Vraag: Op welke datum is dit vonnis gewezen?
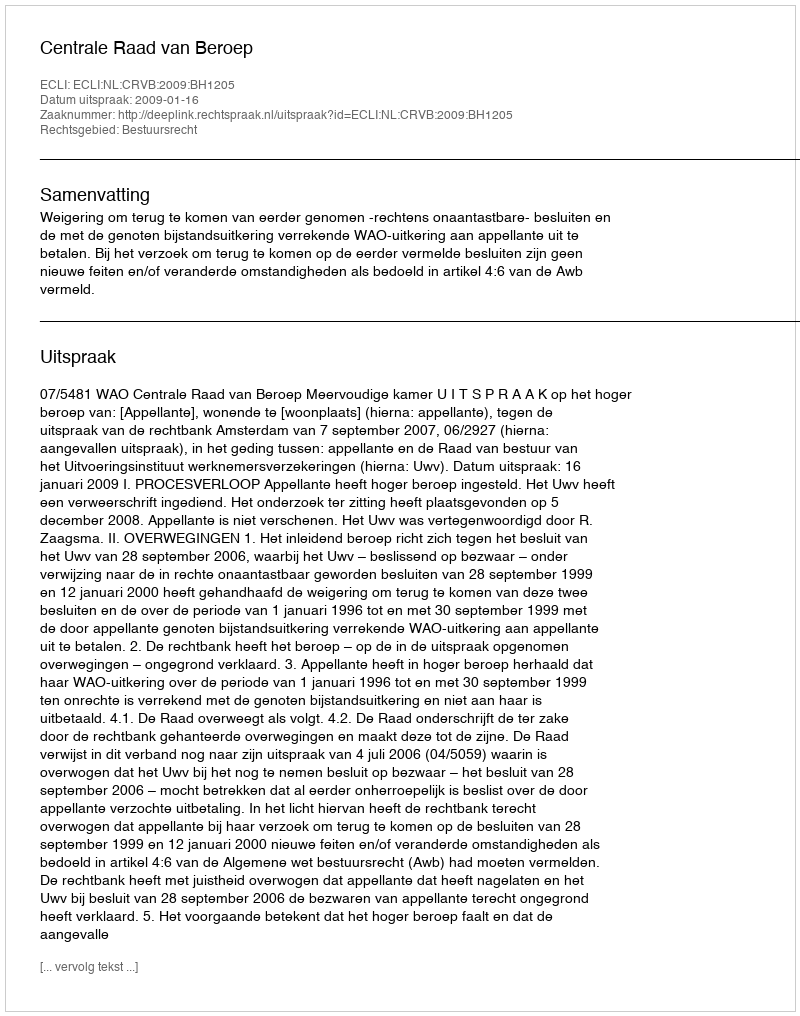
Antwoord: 2009-01-16